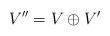
LaTeX: \begin{align*}V'' = V\oplus V'\end{align*}